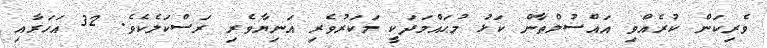
ވެރިކަން ކުރެއްވި އައްސުލްޠާން ކަޅު މުޙައްމަދަކީ މަކަރުވެރި އަނިޔާވެރި ރަސްކަލެކެވެ. 32 އަހަރާއި